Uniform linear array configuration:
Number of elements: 16
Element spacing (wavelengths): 1
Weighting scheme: hann
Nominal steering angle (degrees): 60
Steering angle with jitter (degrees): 59.451
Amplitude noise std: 0.05
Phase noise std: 0.05

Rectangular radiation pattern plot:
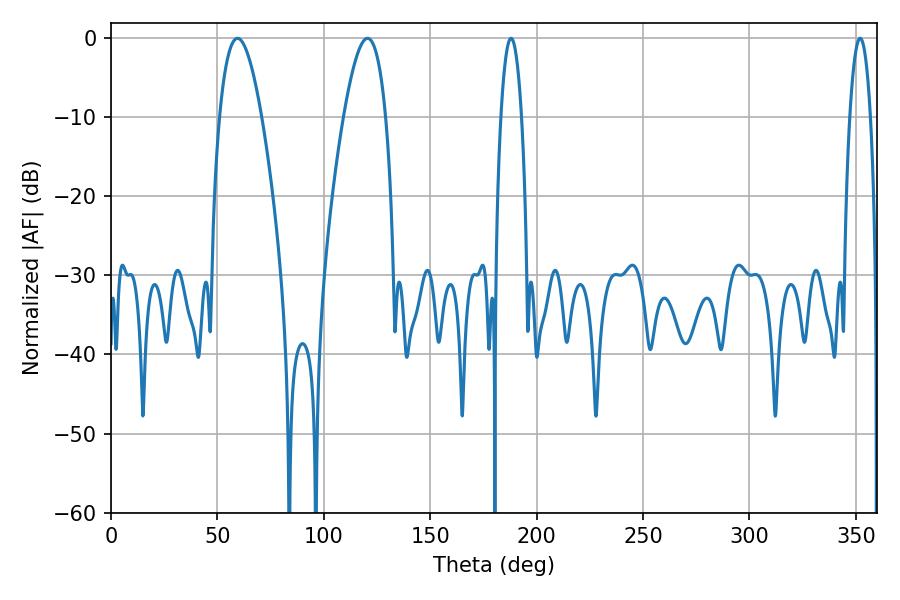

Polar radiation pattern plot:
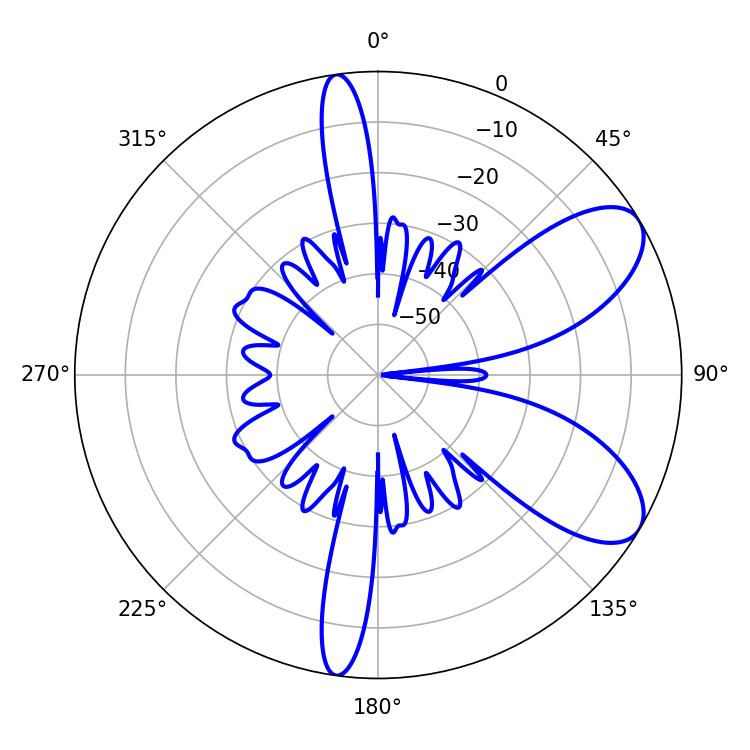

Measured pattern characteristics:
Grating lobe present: TRUE
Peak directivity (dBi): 7.915
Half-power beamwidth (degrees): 10.8
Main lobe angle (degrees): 59.4